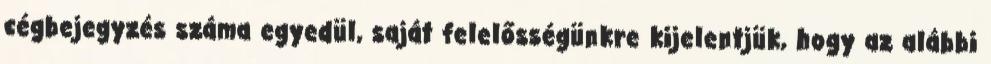
cégbejegyzés száma egyedül, saját felelősségünkre kijelentjük, hogy az alábbi